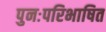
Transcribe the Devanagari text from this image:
पुनःपरिभाषित